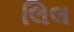
લિલ